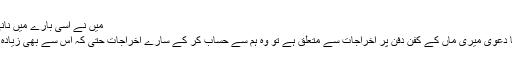
میں نے اسی بارے میں نانی سے پوچھا:
”اگر ماموں کا دعویٰ میری ماں کے کفن دفن پر اخراجات سے متعلق ہے تو وہ ہم سے حساب کر کے سارے اخراجات حتیٰ کہ اس سے بھی زیادہ لے چکا ہے ۔